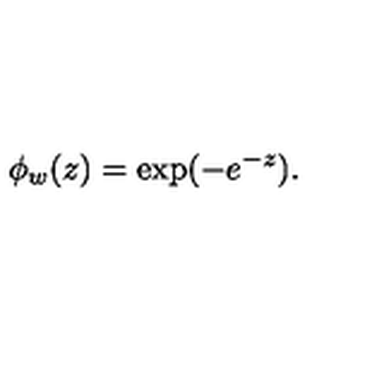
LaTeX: \phi _ { w } ( z ) = \mathrm { e x p } ( - e ^ { - z } ) .